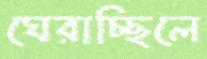
ঘেরাচ্ছিলে